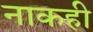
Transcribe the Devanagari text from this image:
नाकही